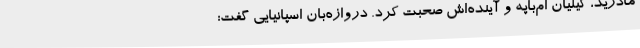
مادرید، کیلیان ام‌باپه و آینده‌اش صحبت کرد. دروازه‌بان اسپانیایی گفت: